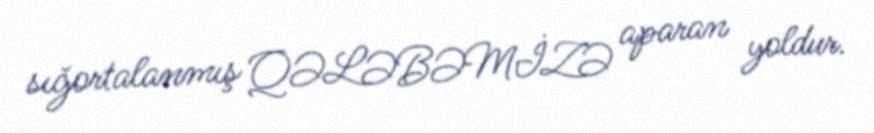
sığortalanmış QƏLƏBƏMİZƏ aparan yoldur.